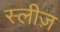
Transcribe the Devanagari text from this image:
स्लीज़